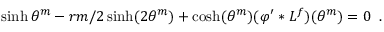
\sinh \theta ^ { m } - r m / 2 \sinh ( 2 \theta ^ { m } ) + \cosh ( \theta ^ { m } ) ( \varphi ^ { \prime } \ast L ^ { f } ) ( \theta ^ { m } ) = 0 \, \, \, .